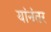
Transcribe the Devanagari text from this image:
यांनंतर